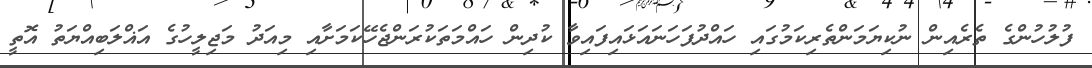
ފުލުހުންގެ ތެރެއިން ނުކިޔަމަންތެރިކަމުގައި ހައްދުފަހަނައަޅައިފައިވާ ކުދިން ހައްމަތަކުރަންޖެހޭކަމަށާއި މިއަދު މަޖިލީހުގެ އަޣްލަބިއްޔަތު އޮތީ